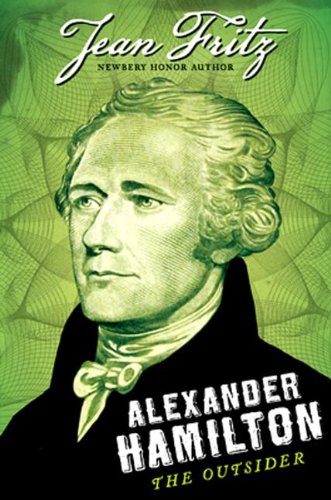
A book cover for Alexander Hamilton: the Outsider; Jean Fritz; Children's Books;